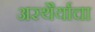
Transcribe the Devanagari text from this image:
अस्थैर्याचा